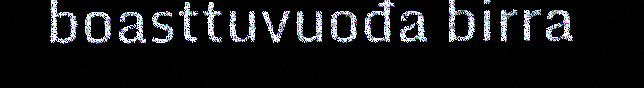
boasttuvuođa birra